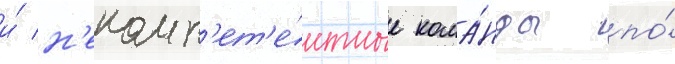
и́ н'екомп'ет'е́нтные кома́нды по́